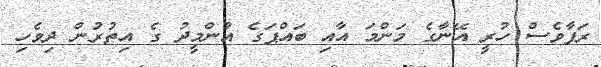
ރަފާވެސް ހުރީ އޭނާގެ މަންމަ އާއި ބައްޕަގެ އުންމީދު ގެ އިތުރުން ދިވެހި